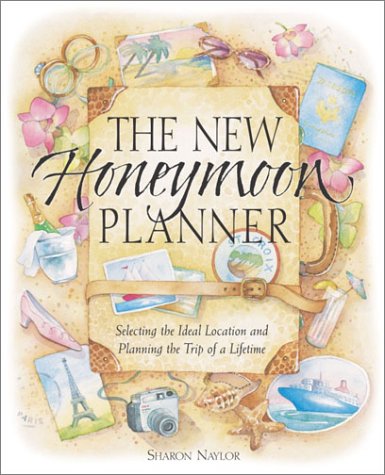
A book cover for The New Honeymoon Planner: Selecting the Ideal Location and Planning the Trip of a Lifetime; Sharon Naylor; Crafts, Hobbies & Home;